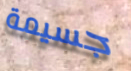
جسيمة